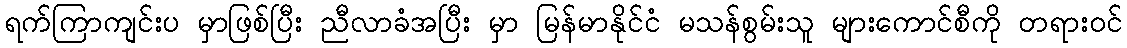
ရက်ကြာကျင်းပ မှာဖြစ်ပြီး ညီလာခံအပြီး မှာ မြန်မာနိုင်ငံ မသန်စွမ်းသူ များကောင်စီကို တရားဝင်